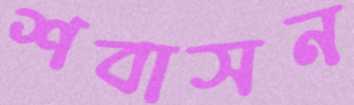
শবাসন